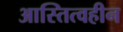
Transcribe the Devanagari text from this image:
आस्तित्वहीन